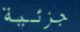
جزئية